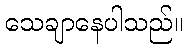
သေချာနေပါသည်။